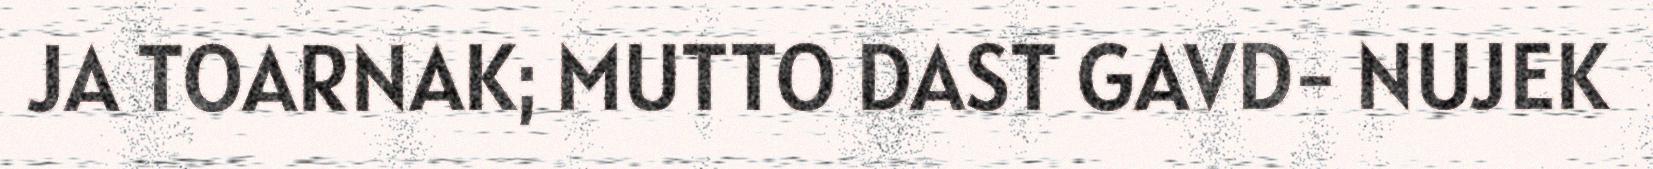
JA TOARNAK; MUTTO DAST GAVD- NUJEK